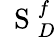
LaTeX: \mathrm{~\mathbf~S~}_{D}^{f}